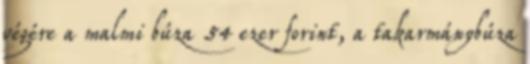
végére a malmi búza 54 ezer forint, a takarmánybúza